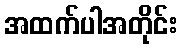
အထက်ပါအတိုင်း